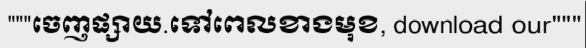
"""ចេញផ្សាយ.ទៅពេលខាងមុខ, download our"""